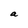
Character: a